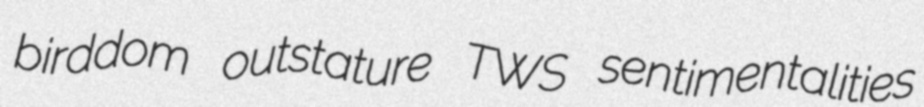
birddom outstature TWS sentimentalities